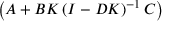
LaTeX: \left( A + B K \left( I - D K \right) ^ { - 1 } C \right)